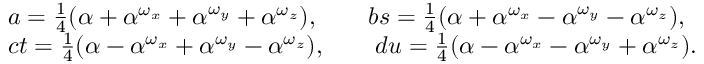
\begin{array} { r l } & { a = \frac { 1 } { 4 } ( \alpha + \alpha ^ { \omega _ { x } } + \alpha ^ { \omega _ { y } } + \alpha ^ { \omega _ { z } } ) , \qquad b s = \frac { 1 } { 4 } ( \alpha + \alpha ^ { \omega _ { x } } - \alpha ^ { \omega _ { y } } - \alpha ^ { \omega _ { z } } ) , } \\ & { c t = \frac { 1 } { 4 } ( \alpha - \alpha ^ { \omega _ { x } } + \alpha ^ { \omega _ { y } } - \alpha ^ { \omega _ { z } } ) , \qquad d u = \frac { 1 } { 4 } ( \alpha - \alpha ^ { \omega _ { x } } - \alpha ^ { \omega _ { y } } + \alpha ^ { \omega _ { z } } ) . } \end{array}